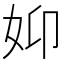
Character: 𮰺